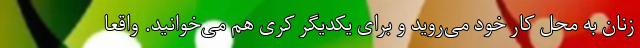
زنان به محل کار خود می‌روید و برای یکدیگر کُری هم می‌خوانید. واقعا